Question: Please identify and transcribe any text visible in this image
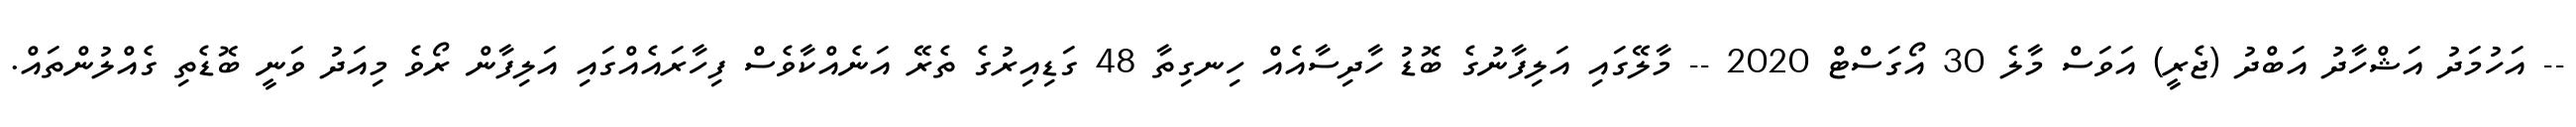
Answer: -- އަހުމަދު އަޝްހާދު އަބްދު (ޖެރީ) އަވަސް މާލެ 30 އޯގަސްޓް 2020 -- މާލޭގައި އަލިފާނުގެ ބޮޑު ހާދިސާއެއް ހިނގިތާ 48 ގަޑިއިރުގެ ތެރޭ އަނެއްކާވެސް ފިހާރައެއްގައި އަލިފާން ރޯވެ މިއަދު ވަނީ ބޮޑެތި ގެއްލުންތައް.